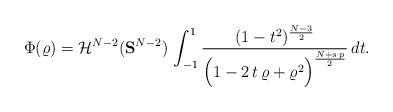
LaTeX: \begin{align*}\Phi(\varrho)=\mathcal{H}^{N-2}(\mathbf{S}^{N-2})\,\int_{-1}^1 \frac{(1-t^2)^\frac{N-3}{2}}{\Big(1-2\,t\,\varrho+\varrho^2\Big)^\frac{N+s\,p}{2}}\, dt.\end{align*}